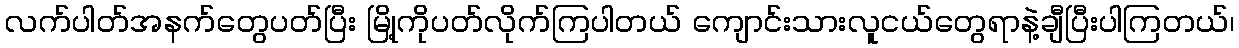
လက်ပါတ်အနက်တွေပတ်ပြီး မြို့ကိုပတ်လိုက်ကြပါတယ် ကျောင်းသားလူငယ်တွေရာနဲ့ချီပြီးပါကြတယ်၊